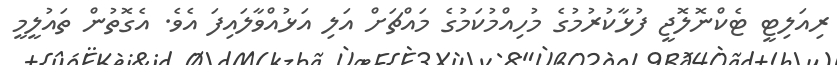
ރިއަލިޓީ ޓެކްނޮލޮޖީ ފުޅާކުރުމުގެ މުހިއްމުކަމުގެ މައްޗަށް އަލި އަޅުއްވާލައިފަ އެވެ. އެގޮތުން ތައުލީމީ